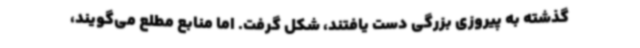
گذشته به پیروزی بزرگی دست یافتند، شکل گرفت. اما منابع مطلع می‌گویند،